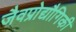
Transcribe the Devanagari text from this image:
जैवप्रोद्यौगिकी